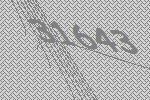
31643